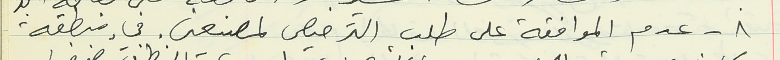
٨ - عدم الموافقة على طلب الترخيص لمصنعين. في منطقة